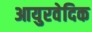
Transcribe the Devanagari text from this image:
आयुरवेदिक